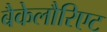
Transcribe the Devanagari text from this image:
बैकेलौरिएट